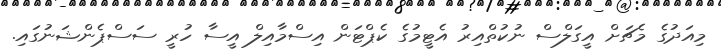
މިއަދުގެ މެޗަށް އީގަލްސް ނުކުތްއިރު އެޓީމުގެ ކެޕްޓަން އިސްމާއިލް އީސާ ހުރީ ސަސްޕެންޝަނުގައި.